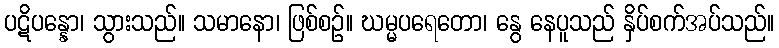
ပဋိပန္နော၊ သွားသည်။ သမာနော၊ ဖြစ်စဉ်။ ဃမ္မပရေတော၊ နွေ နေပူသည် နှိပ်စက်အပ်သည်။